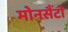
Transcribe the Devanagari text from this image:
मोनसैंटो